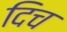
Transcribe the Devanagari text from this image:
दिच